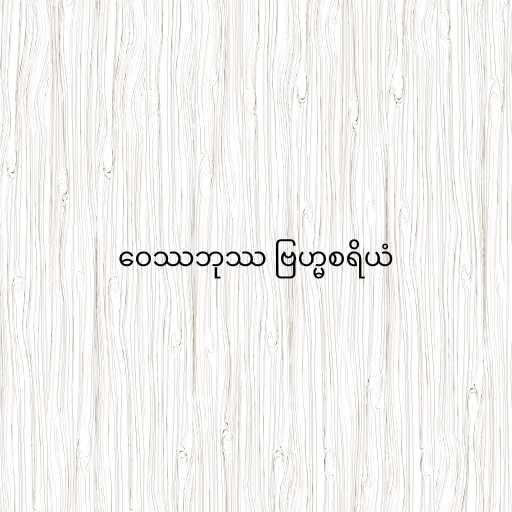
ဝေဿဘုဿ ဗြဟ္မစရိယံ